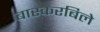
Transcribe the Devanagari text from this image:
बास्करबिले